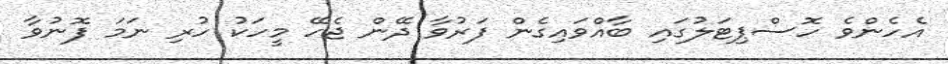
އެހެންވެ ހޮސްޕިޓަލުގައި ބާއްވައިގެން ފަރުވާ ދޭން ޖެހޭ މީހަކު ހުރި ނަމަ ފޮނުވާ